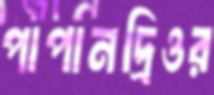
পাপানদ্রিওর